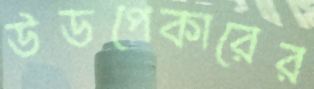
উডপেকারের